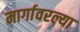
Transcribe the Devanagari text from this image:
मार्गावरल्या